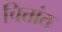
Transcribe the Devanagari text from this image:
चित्तांत